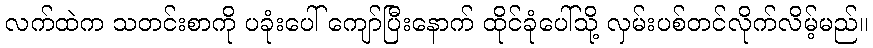
လက်ထဲက သတင်းစာကို ပခုံးပေါ် ကျော်ပြီးနောက် ထိုင်ခုံပေါ်သို့ လှမ်းပစ်တင်လိုက်လိမ့်မည်။